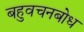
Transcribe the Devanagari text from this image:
बहुवचनबोध